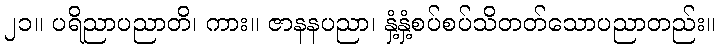
၂၁။ ပရိညာပညာတိ၊ ကား။ ဇာနနပညာ၊ နှံ့နှံ့စပ်စပ်သိတတ်သောပညာတည်း။